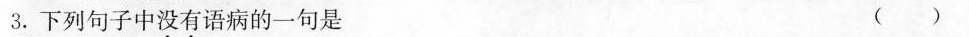
3.下列句子中没有语病的一句是（）